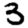
Digit: 3